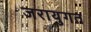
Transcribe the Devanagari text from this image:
जरायुगत